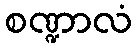
စဏ္ဍာလံ